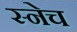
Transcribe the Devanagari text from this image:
स्नेच